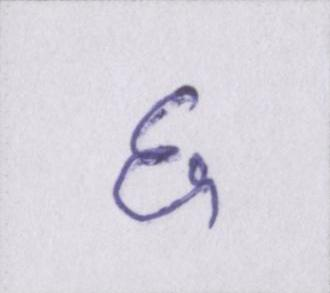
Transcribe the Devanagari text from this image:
६